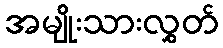
အမျိုးသားလွှတ်